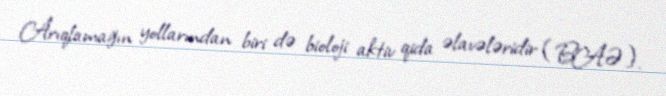
Arıqlamağın yollarından biri də bioloji aktiv qida əlavələridir (BAƏ).